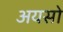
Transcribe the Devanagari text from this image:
अयसो